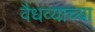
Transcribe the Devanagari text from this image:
वैधव्याच्या